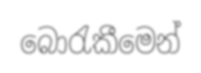
බොරැකීමෙන්